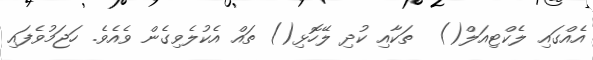
އެއްގައި ލެކްޓިއަލް()  ތަކާއި ކުދި ލޭހޮޅި() ތައް އެކުލެވިގެން ވެއެވެ. ހަޖަމުވެފައި